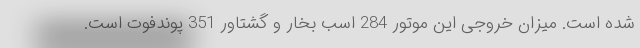
شده است. میزان خروجی این موتور 284 اسب بخار و گشتاور 351 پوندفوت است.